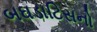
બઘડાટિસનો